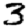
Digit: 3